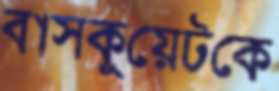
বাসকুয়েটকে